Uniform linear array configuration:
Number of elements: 12
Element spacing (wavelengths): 0.5
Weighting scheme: uniform
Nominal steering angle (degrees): -15
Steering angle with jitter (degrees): -13.057
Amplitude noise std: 0.05
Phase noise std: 0.05

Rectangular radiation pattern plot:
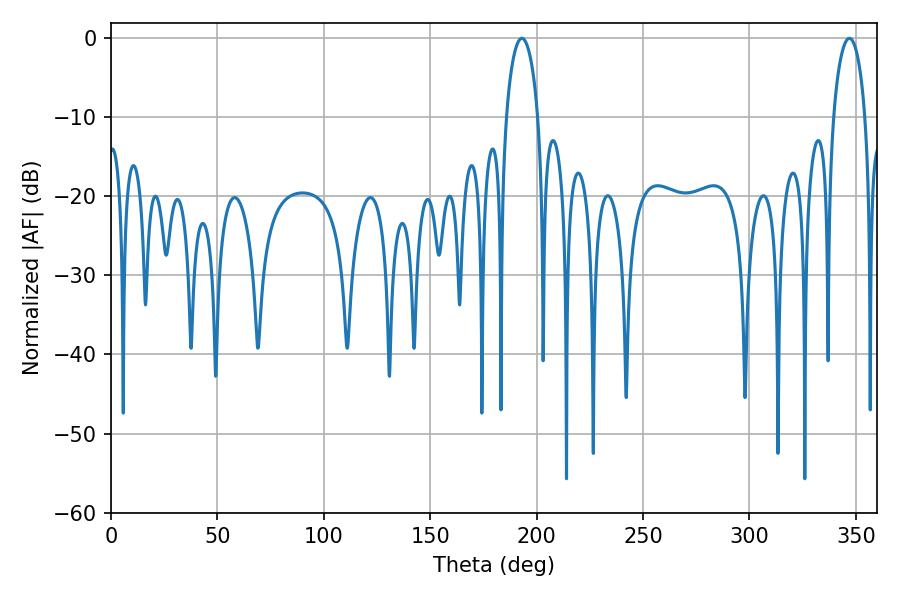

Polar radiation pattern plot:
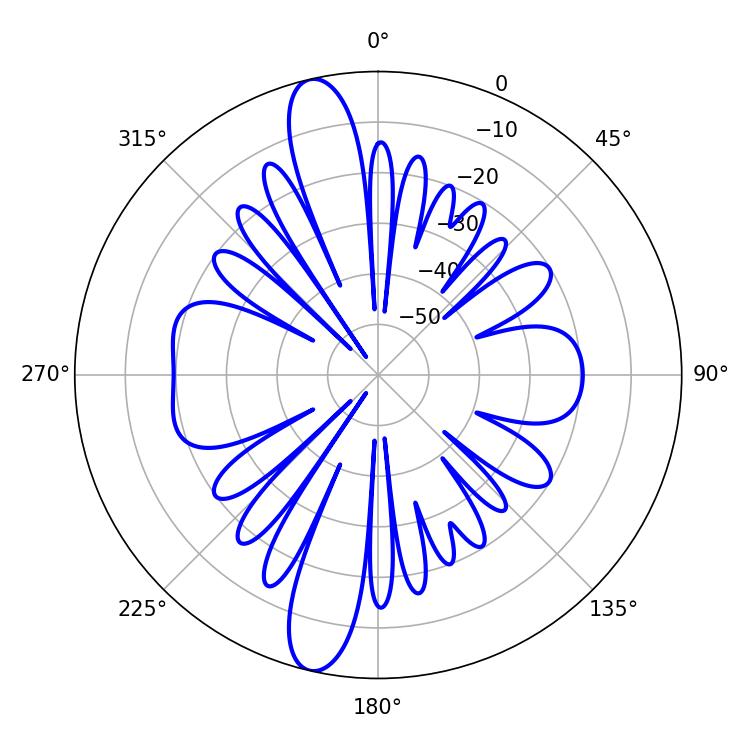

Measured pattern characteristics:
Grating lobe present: FALSE
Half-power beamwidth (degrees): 8.46
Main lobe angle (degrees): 193.14